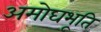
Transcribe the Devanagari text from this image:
अमोघभूति